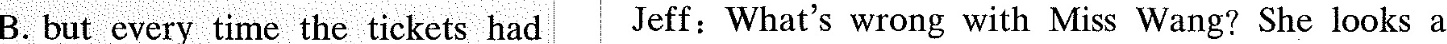
B. but every time the tickets had Jeff: What's wrong with Miss Wang? She looks a